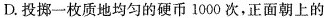
D.投掷一枚质地均匀的硬币1000次，正面朝上的